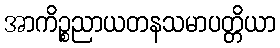
အာကိဉ္စညာယတနသမာပတ္တိယာ